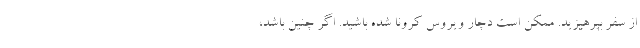
از سفر بپرهیزید. ممکن است دچار ویروس کرونا شده باشید. اگر چنین باشد،